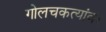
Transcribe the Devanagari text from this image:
गोलचकत्यांवर